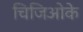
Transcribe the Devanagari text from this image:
चिजिओके